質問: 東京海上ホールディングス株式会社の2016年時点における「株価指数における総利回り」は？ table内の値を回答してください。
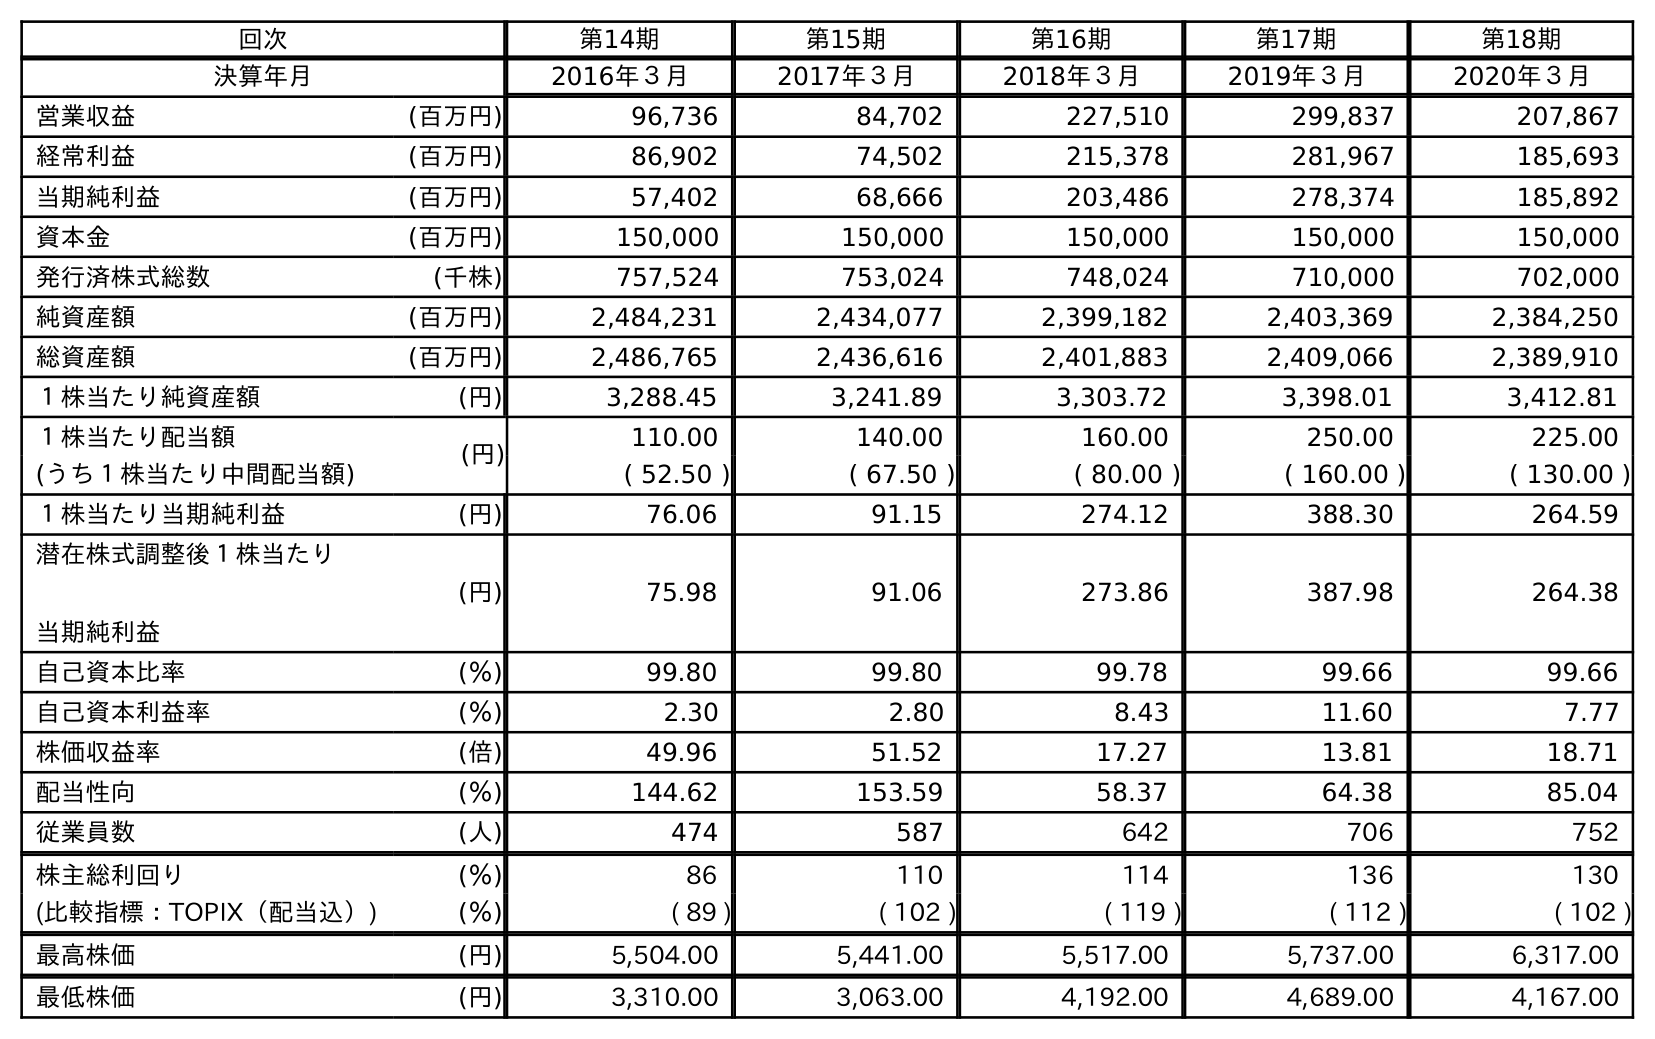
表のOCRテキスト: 回次 第14期 第15期 第16期 第17期 第18期 決算年月 2016年３月 2017年３月 2018年３月 2019年３月 2020年３月 営業収益 (百万円) 96,736 84,702 227,510 299,837 207,867 経常利益 (百万円) 86,902 74,502 215,378 281,967 185,693 当期純利益 (百万円) 57,402 68,666 203,486 278,374 185,892 資本金 (百万円) 150,000 150,000 150,000 150,000 150,000 発行済株式総数 (千株) 757,524 753,024 748,024 710,000 702,000 純資産額 (百万円) 2,484,231 2,434,077 2,399,182 2,403,369 2,384,250 総資産額 (百万円) 2,486,765 2,436,616 2,401,883 2,409,066 2,389,910 １株当たり純資産額 (円) 3,288.45 3,241.89 3,303.72 3,398.01 3,412.81 １株当たり配当額 (円) 110.00 140.00 160.00 250.00 225.00 (うち１株当たり中間配当額) ( 52.50 ) ( 67.50 ) ( 80.00 ) ( 160.00 ) ( 130.00 ) １株当たり当期純利益 (円) 76.06 91.15 274.12 388.30 264.59 潜在株式調整後１株当たり 当期純利益 (円) 75.98 91.06 273.86 387.98 264.38 自己資本比率 (％) 99.80 99.80 99.78 99.66 99.66 自己資本利益率 (％) 2.30 2.80 8.43 11.60 7.77 株価収益率 (倍) 49.96 51.52 17.27 13.81 18.71 配当性向 (％) 144.62 153.59 58.37 64.38 85.04 従業員数 (人) 474 587 642 706 752 株主総利回り (％) 86 110 114 136 130 (比較指標：TOPIX（配当込）) (％) ( 89 ) ( 102 ) ( 119 ) ( 112 ) ( 102 ) 最高株価 (円) 5,504.00 5,441.00 5,517.00 5,737.00 6,317.00 最低株価 (円) 3,310.00 3,063.00 4,192.00 4,689.00 4,167.00
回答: (89)